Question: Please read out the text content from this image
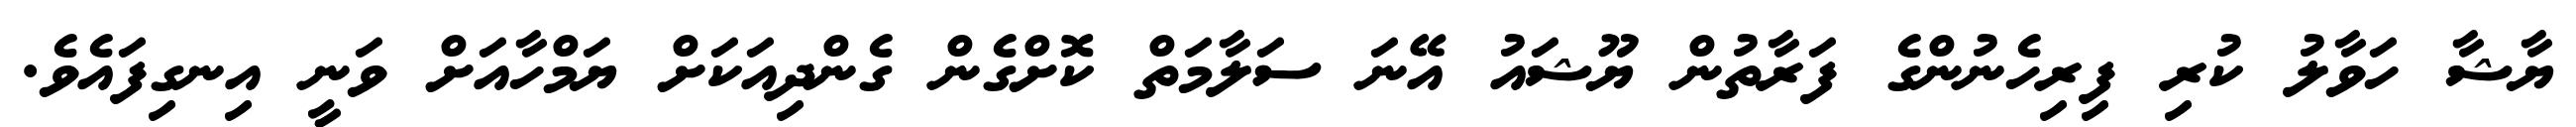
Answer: ޔާޝާ ހަވާލު ކުރި ފިރިހެނުންގެ ފަރާތުން ޔޫޝައު އޭނަ ސަލާމަތް ކޮށްގެން ގެންދިއަކަށް ޔަމްހާއަށް ވަނީ އިނގިފައެވެ.